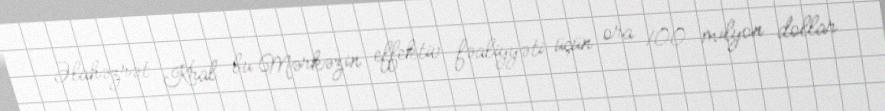
Əlahəzrət Kral bu Mərkəzin effektiv fəaliyyəti üçün ora 100 milyon dollar